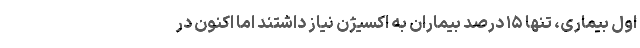
اول بیماری، تنها ۱۵ درصد بیماران به اکسیژن نیاز داشتند اما اکنون در